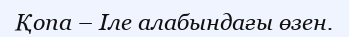
Қопа – Іле алабындағы өзен.